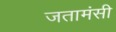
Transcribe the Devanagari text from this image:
जतामंसी